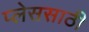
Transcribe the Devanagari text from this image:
प्लेससाठी